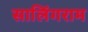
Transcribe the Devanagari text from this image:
सालिंगराम